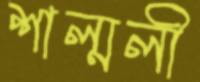
শাল্মলী